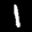
Label: 1